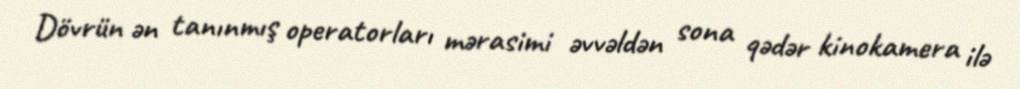
Dövrün ən tanınmış operatorları mərasimi əvvəldən sona qədər kinokamera ilə